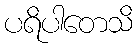
ပရိပါတေသိ